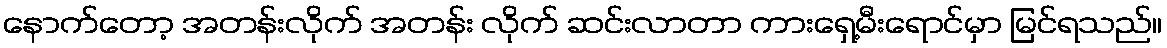
နောက်တော့ အတန်းလိုက် အတန်း လိုက် ဆင်းလာတာ ကားရှေ့မီးရောင်မှာ မြင်ရသည်။